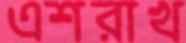
এশরাখ